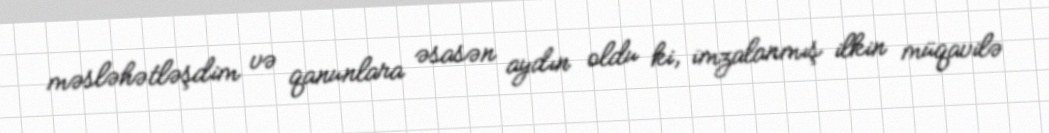
məsləhətləşdim və qanunlara əsasən aydın oldu ki, imzalanmış ilkin müqavilə